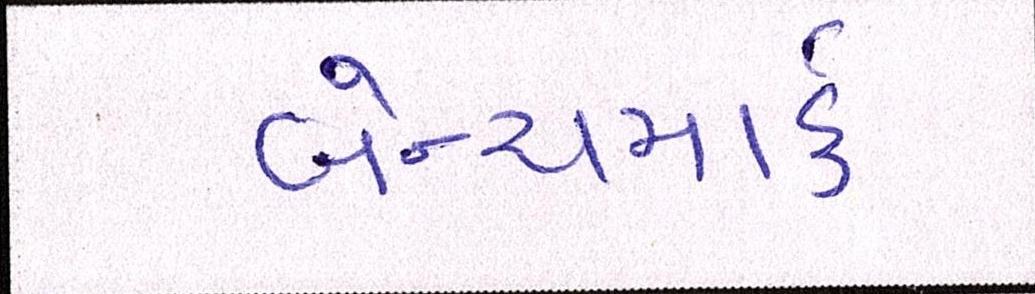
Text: બેન્ચમાર્ક